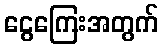
ငွေကြေးအတွက်